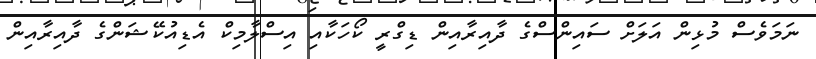
ނަމަވެސް މުޅިން އަލަށް ސައިންސްގެ ދާއިރާއިން ޑިގްރީ ކޯހަކާއި އިސްލާމިކް އެޑިއުކޭޝަންގެ ދާއިރާއިން